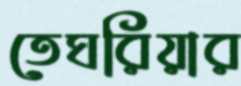
তেঘরিয়ার